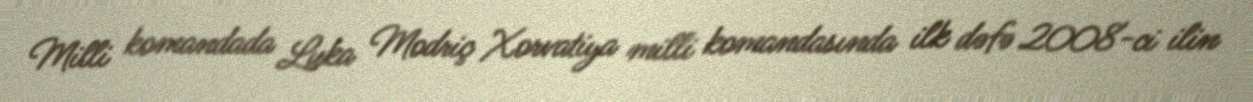
Milli komandada Luka Modriç Xorvatiya milli komandasında ilk dəfə 2008-ci ilin